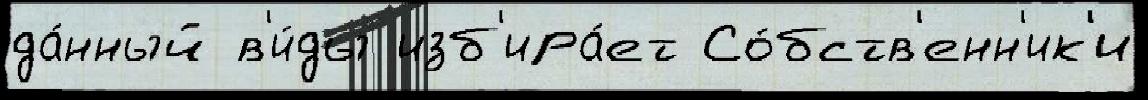
да́нный в'и́ды изб'ира́ет Со́бств'енн'ик'и